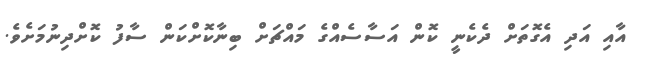
އާއި އަދި އެގޮތަށް ދެކެނީ ކޮން އަސާސެއްގެ މައްޗަށް ބިނާކޮށްކަން ސާފު ކޮށްދިނުމަށެވެ.